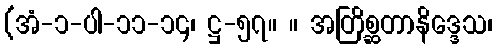
(အံ-၁-ပါ-၁၁-၁၄၊ ဋ္ဌ-၅၇။ ။ အတြိစ္ဆတာနိဒ္ဒေသ၊